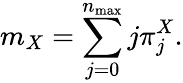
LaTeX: m_{X}=\sum_{j=0}^{n_{\operatorname*{max}}}j\pi_{j}^{X}.